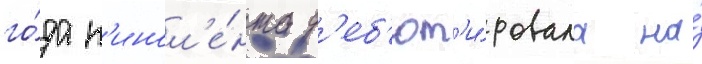
го́да к'инол'е́нта д'еб'ют'и́ровала на́